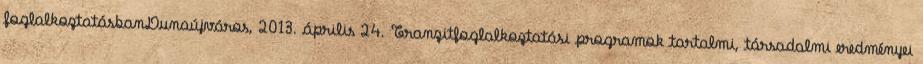
foglalkoztatásbanDunaújváros, 2013. április 24. Tranzitfoglalkoztatási programok tartalmi, társadalmi eredményei